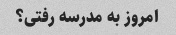
امروز به مدرسه رفتی؟